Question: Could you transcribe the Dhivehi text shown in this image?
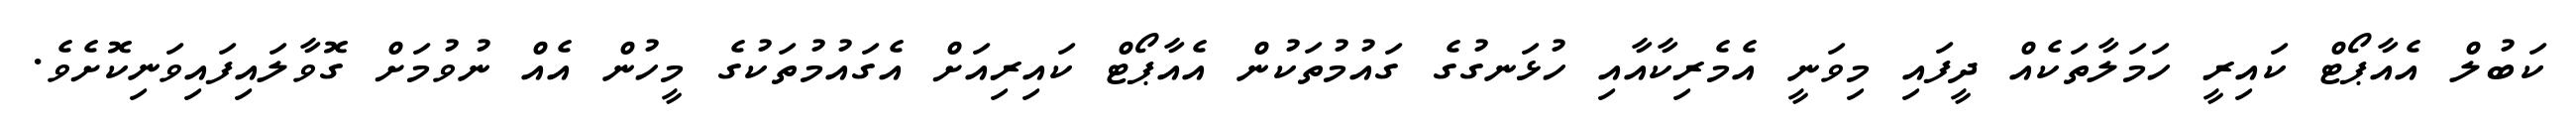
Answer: ކަބުލް އެއާޕޯޓް ކައިރީ ހަމަލާތަކެއް ދީފައި މިވަނީ އެމެރިކާއާއި ހުޅަނގުގެ ގައުމުތަކުން އެއާޕޯޓް ކައިރިއަށް އެގައުމުތަކުގެ މީހުން އެއް ނުވުމަށް ގޮވާލައިފައިވަނިކޮށެވެ.